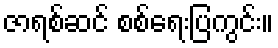
ဇာရစ်ဆင် စစ်ရေးပြကွင်း။